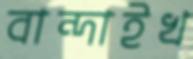
বান্দাইখ